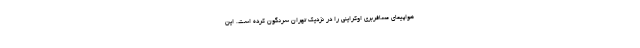
هواپیمای مسافربری اوکراینی را در نزدیک تهران سرنگون کرده است. این